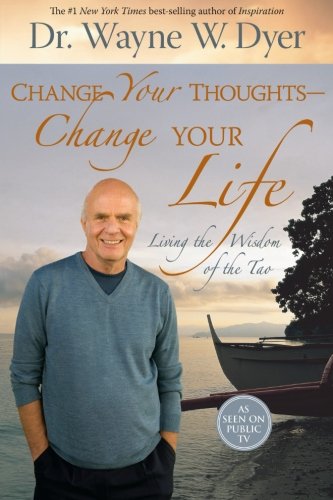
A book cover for Change Your Thoughts - Change Your Life: Living the Wisdom of the Tao; Dr. Wayne W. Dyer; Self-Help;